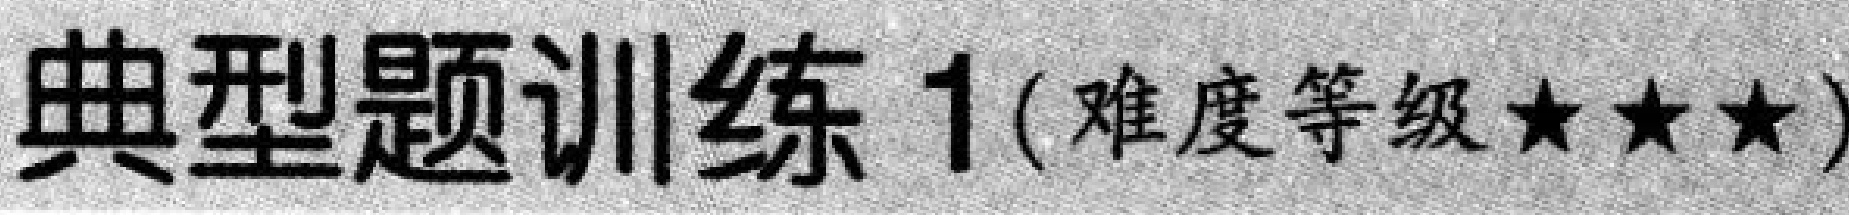
典型题训练 1(难度等级★★★)